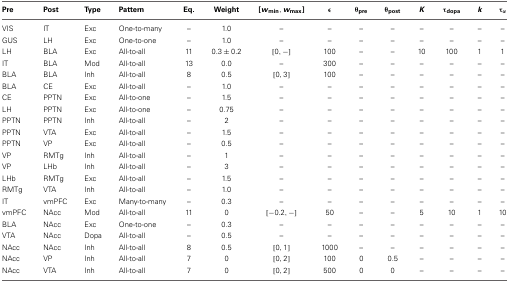
<table><thead><tr><td><b>Pre</b></td><td><b>Post</b></td><td><b>Type</b></td><td><b>Pattern</b></td><td><b>Eq.</b></td><td><b>Weight</b></td><td><b>[<i>w</i><sub>min</sub>, <i>w</i><sub>max</sub>]</b></td><td><b>ε</b></td><td><b>θ<sub>pre</sub></b></td><td><b>θ<sub>post</sub></b></td><td><b><i>K</i></b></td><td><b>τ<sub>dopa</sub></b></td><td><b><i>k</i></b></td><td><b>τ<sub>α</sub></b></td></tr></thead><tbody><tr><td>VIS</td><td>IT</td><td>Exc</td><td>One-to-many</td><td>–</td><td>1.0</td><td>–</td><td>–</td><td>–</td><td>–</td><td>–</td><td>–</td><td>–</td><td>–</td></tr><tr><td>GUS</td><td>LH</td><td>Exc</td><td>One-to-one</td><td>–</td><td>1.0</td><td>–</td><td>–</td><td>–</td><td>–</td><td>–</td><td>–</td><td>–</td><td>–</td></tr><tr><td>LH</td><td>BLA</td><td>Exc</td><td>All-to-all</td><td>11</td><td>0.3 ± 0.2</td><td>[0, −]</td><td>100</td><td>–</td><td>–</td><td>10</td><td>100</td><td>1</td><td>1</td></tr><tr><td>IT</td><td>BLA</td><td>Mod</td><td>All-to-all</td><td>13</td><td>0.0</td><td>–</td><td>300</td><td>–</td><td>–</td><td>–</td><td>–</td><td>–</td><td>–</td></tr><tr><td>BLA</td><td>BLA</td><td>Inh</td><td>All-to-all</td><td>8</td><td>0.5</td><td>[0, 3]</td><td>100</td><td>–</td><td>–</td><td>–</td><td>–</td><td>–</td><td>–</td></tr><tr><td>BLA</td><td>CE</td><td>Exc</td><td>All-to-all</td><td>–</td><td>1.0</td><td>–</td><td>–</td><td>–</td><td>–</td><td>–</td><td>–</td><td>–</td><td>–</td></tr><tr><td>CE</td><td>PPTN</td><td>Exc</td><td>All-to-one</td><td>–</td><td>1.5</td><td>–</td><td>–</td><td>–</td><td>–</td><td>–</td><td>–</td><td>–</td><td>–</td></tr><tr><td>LH</td><td>PPTN</td><td>Exc</td><td>All-to-one</td><td>–</td><td>0.75</td><td>–</td><td>–</td><td>–</td><td>–</td><td>–</td><td>–</td><td>–</td><td>–</td></tr><tr><td>PPTN</td><td>PPTN</td><td>Inh</td><td>All-to-all</td><td>–</td><td>2</td><td>–</td><td>–</td><td>–</td><td>–</td><td>–</td><td>–</td><td>–</td><td>–</td></tr><tr><td>PPTN</td><td>VTA</td><td>Exc</td><td>All-to-all</td><td>–</td><td>1.5</td><td>–</td><td>–</td><td>–</td><td>–</td><td>–</td><td>–</td><td>–</td><td>–</td></tr><tr><td>PPTN</td><td>VP</td><td>Exc</td><td>All-to-all</td><td>–</td><td>0.5</td><td>–</td><td>–</td><td>–</td><td>–</td><td>–</td><td>–</td><td>–</td><td>–</td></tr><tr><td>VP</td><td>RMTg</td><td>Inh</td><td>All-to-all</td><td>–</td><td>1</td><td>–</td><td>–</td><td>–</td><td>–</td><td>–</td><td>–</td><td>–</td><td>–</td></tr><tr><td>VP</td><td>LHb</td><td>Inh</td><td>All-to-all</td><td>–</td><td>3</td><td>–</td><td>–</td><td>–</td><td>–</td><td>–</td><td>–</td><td>–</td><td>–</td></tr><tr><td>LHb</td><td>RMTg</td><td>Exc</td><td>All-to-all</td><td>–</td><td>1.5</td><td>–</td><td>–</td><td>–</td><td>–</td><td>–</td><td>–</td><td>–</td><td>–</td></tr><tr><td>RMTg</td><td>VTA</td><td>Inh</td><td>All-to-all</td><td>–</td><td>1.0</td><td>–</td><td>–</td><td>–</td><td>–</td><td>–</td><td>–</td><td>–</td><td>–</td></tr><tr><td>IT</td><td>vmPFC</td><td>Exc</td><td>Many-to-many</td><td>–</td><td>0.3</td><td>–</td><td>–</td><td>–</td><td>–</td><td>–</td><td>–</td><td>–</td><td>–</td></tr><tr><td>vmPFC</td><td>NAcc</td><td>Mod</td><td>All-to-all</td><td>11</td><td>0</td><td>[−0.2, −]</td><td>50</td><td>–</td><td>–</td><td>5</td><td>10</td><td>1</td><td>10</td></tr><tr><td>BLA</td><td>NAcc</td><td>Exc</td><td>One-to-one</td><td>–</td><td>0.3</td><td>–</td><td>–</td><td>–</td><td>–</td><td>–</td><td>–</td><td>–</td><td>–</td></tr><tr><td>VTA</td><td>NAcc</td><td>Dopa</td><td>All-to-all</td><td>–</td><td>0.5</td><td>–</td><td>–</td><td>–</td><td>–</td><td>–</td><td>–</td><td>–</td><td>–</td></tr><tr><td>NAcc</td><td>NAcc</td><td>Inh</td><td>All-to-all</td><td>8</td><td>0.5</td><td>[0, 1]</td><td>1000</td><td>–</td><td>–</td><td>–</td><td>–</td><td>–</td><td>–</td></tr><tr><td>NAcc</td><td>VP</td><td>Inh</td><td>All-to-all</td><td>7</td><td>0</td><td>[0, 2]</td><td>100</td><td>0</td><td>0.5</td><td>–</td><td>–</td><td>–</td><td>–</td></tr><tr><td>NAcc</td><td>VTA</td><td>Inh</td><td>All-to-all</td><td>7</td><td>0</td><td>[0, 2]</td><td>500</td><td>0</td><td>0</td><td>–</td><td>–</td><td>–</td><td>–</td></tr></tbody></table>